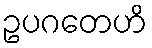
ဥပဂတေဟိ